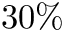
3 0 \%